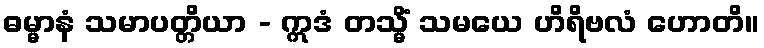
ဓမ္မာနံ သမာပတ္တိယာ - ဣဒံ တသ္မိံ သမယေ ဟိရိဗလံ ဟောတိ။